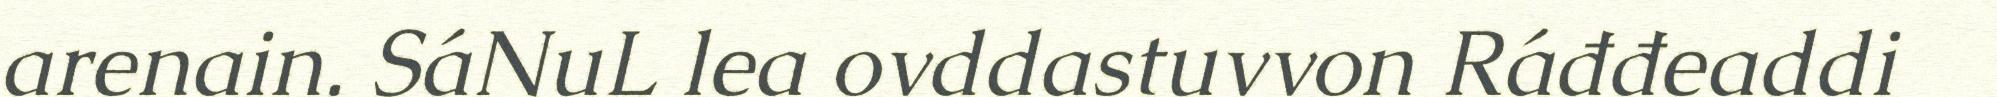
arenain. SáNuL lea ovddastuvvon Ráđđeaddi